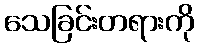
သေခြင်းတရားကို